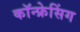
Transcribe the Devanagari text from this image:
कॉन्फ्रेसिंग